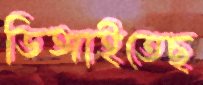
ডিঙ্গাইতেছ